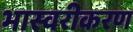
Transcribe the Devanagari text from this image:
भास्वरीकरण